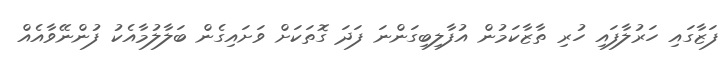
ފަޒާގައި ހަރުލާފައި ހުރި ތާޒާކަމުން އުފާލިބިގަންނަ ފަދަ ގޮތަކަށް ވަށައިގެން ބަލާލުމާއެކު ފުންނޭވާއެއް